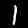
Digit: 1